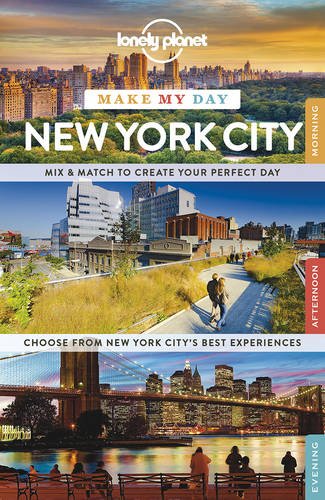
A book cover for Lonely Planet Make My Day New York City (Travel Guide); Lonely Planet; Travel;